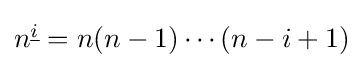
{\textstyle n^{\underline {i}}=n(n-1)\cdots (n-i+1)}